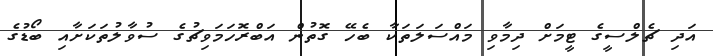
އަދި ޗެލްސީގެ ޓީމަށް ދިމާވި މައްސަލަތަކާ ބެހޭ ގޮތުން އަބްރޮހަމަވިޗުގެ ސުވާލުތަކަށާއި ބޯޑުގެ